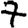
Digit: 7